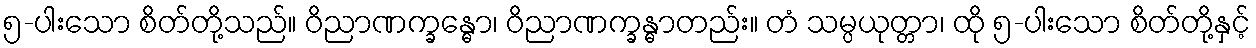
၅-ပါးသော စိတ်တို့သည်။ ဝိညာဏက္ခန္ဓော၊ ဝိညာဏက္ခန္ဓာတည်း။ တံ သမ္ပယုတ္တာ၊ ထို ၅-ပါးသော စိတ်တို့နှင့်